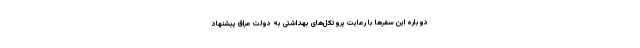
دوباره این سفرها با رعایت پروتکل‌های بهداشتی به دولت عراق پیشنهاد